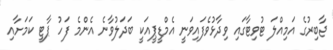
ޖާބިރުގެ އަމިއްލަ ޓުވިޓާގައި ވިދާޅުވެފައިވަނީ އެމްޑީޕީއަކީ ބަދަލުވާނެ އެންމެ ފަހު ޕާޓީ ކަމަށާއި